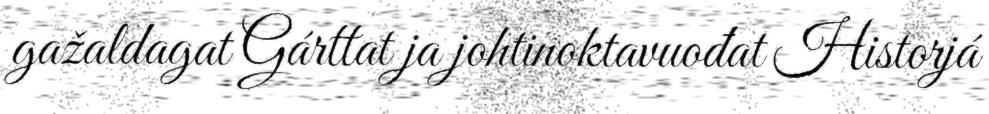
gažaldagat Gárttat ja johtinoktavuođat Historjá